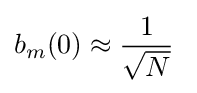
b_{m}(0)\approx {\frac {1}{\sqrt {N}}}\